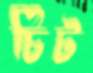
চিট